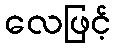
လေဖြင့်